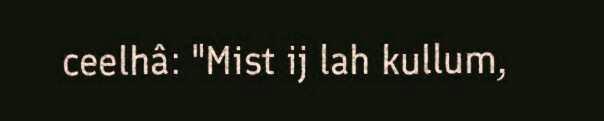
ceelhâ: "Mist ij lah kullum,